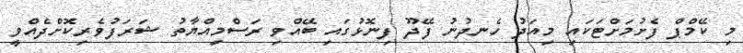
މި ކޭމްޕް ފެށުމަށްޓަކައި މިއަދު ހެނދުނު ފޭދޫ ފިނޮޅުގައި ބޭއްވި ރަސްމިއްޔާތު ޝަރަފުވެރިކޮށްދެއްވީ